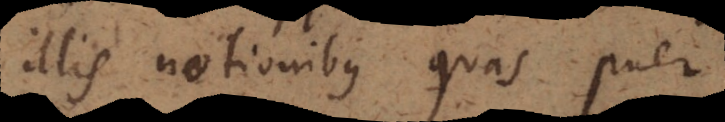
illis notionibus quas puer